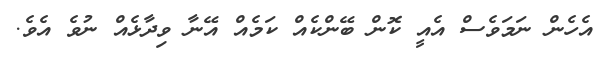
އެހެން ނަމަވެސް އެއީ ކޮން ބޭންކެއް ކަމެއް އޭނާ ވިދާޅެއް ނުވެ އެވެ.